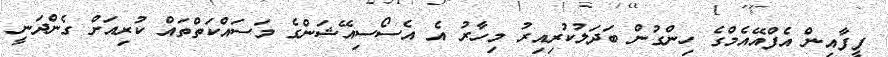
ފީފާއިން އެފްއޭއެމްގެ ހިންގުން ބަދަލުކުރިއިރު މިހާރު އެ އެސޯސިއޭޝަންގެ މަސައްކަތްތައް ކުރިއަށް ގެންދަނީ